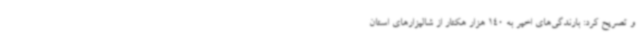
و تصریح کرد: بارندگی‌های اخیر به 140 هزار هکتار از شالیزارهای استان